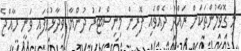
މި ގޮވާލުންތަކަށް ރައްދު ދެއްވައި ފޮރިން މިނިސްޓަރު ދުންޔާ ވިދާޅުވެފައި ވަނީ ރާއްޖެ